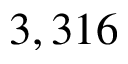
3 , 3 1 6